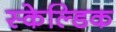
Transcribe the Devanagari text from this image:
स्केल्डिक